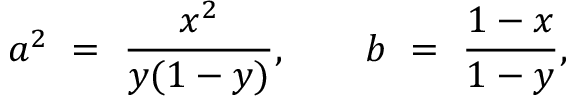
a ^ { 2 } ~ = ~ \frac { x ^ { 2 } } { y ( 1 - y ) } , ~ ~ ~ ~ ~ ~ b ~ = ~ \frac { 1 - x } { 1 - y } ,